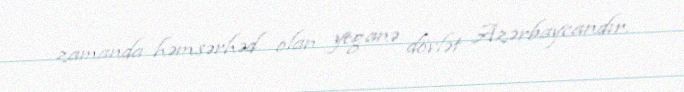
zamanda həmsərhəd olan yeganə dövlət Azərbaycandır.